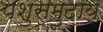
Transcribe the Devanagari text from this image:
पशुसमुदाय